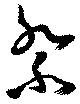
祭